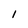
Character: 1